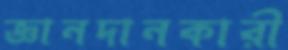
জ্ঞানদানকারী